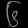
Digit: ၆